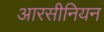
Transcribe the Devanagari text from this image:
आरसीनियन